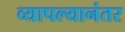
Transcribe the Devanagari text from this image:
व्यापल्यानंतर